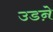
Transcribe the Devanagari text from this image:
उडऩे